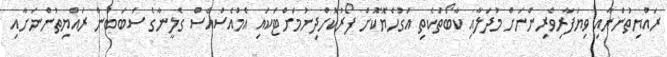
ރައްޔިތުންނާއި ވިޔަފާރިވެރިންނަށް މުދަލާއި ކާބޯތަކެތި އަގުހެޔޮކޮށް ފޯރުކޮށްދިނުމަށްޓަކައި އެމްއެސްއެސް ގެލީނާގެ ސަބަބުން ރައްޔިތުންނަށާއި